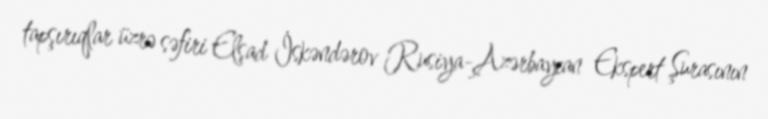
tapşırıqlar üzrə səfiri Elşad İskəndərov Rusiya-Azərbaycan Ekspert Şurasının